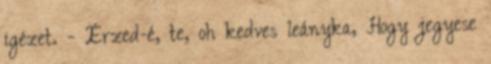
igézet. - Érzed-é, te, oh kedves leányka, Hogy jegyese